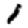
Digit: 1